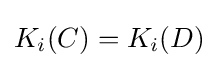
K_{i}(C)=K_{i}(D)